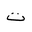
Letter: _ta